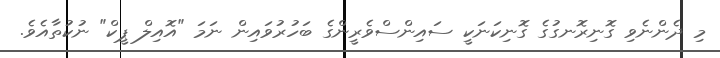
މި ދެންނެވި ގޮނިރޮނގުގެ ގޮނިކަނަކީ ސައިންސްވެރީންގެ ބަހުރުވައިން ނަމަ "އޮއިލް ޕީކް" ނުކުތާއެވެ.